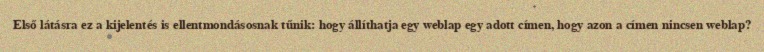
Első látásra ez a kijelentés is ellentmondásosnak tűnik: hogy állíthatja egy weblap egy adott címen, hogy azon a címen nincsen weblap?